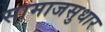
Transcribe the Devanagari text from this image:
सामाजसुधार